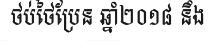
ថប់ថៃប្រែន ឆ្នាំ២០១៨ នឹង